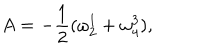
LaTeX: A = - \frac { 1 } { 2 } ( \omega _ { 2 } ^ { 1 } + \omega _ { 4 } ^ { 3 } ) ,